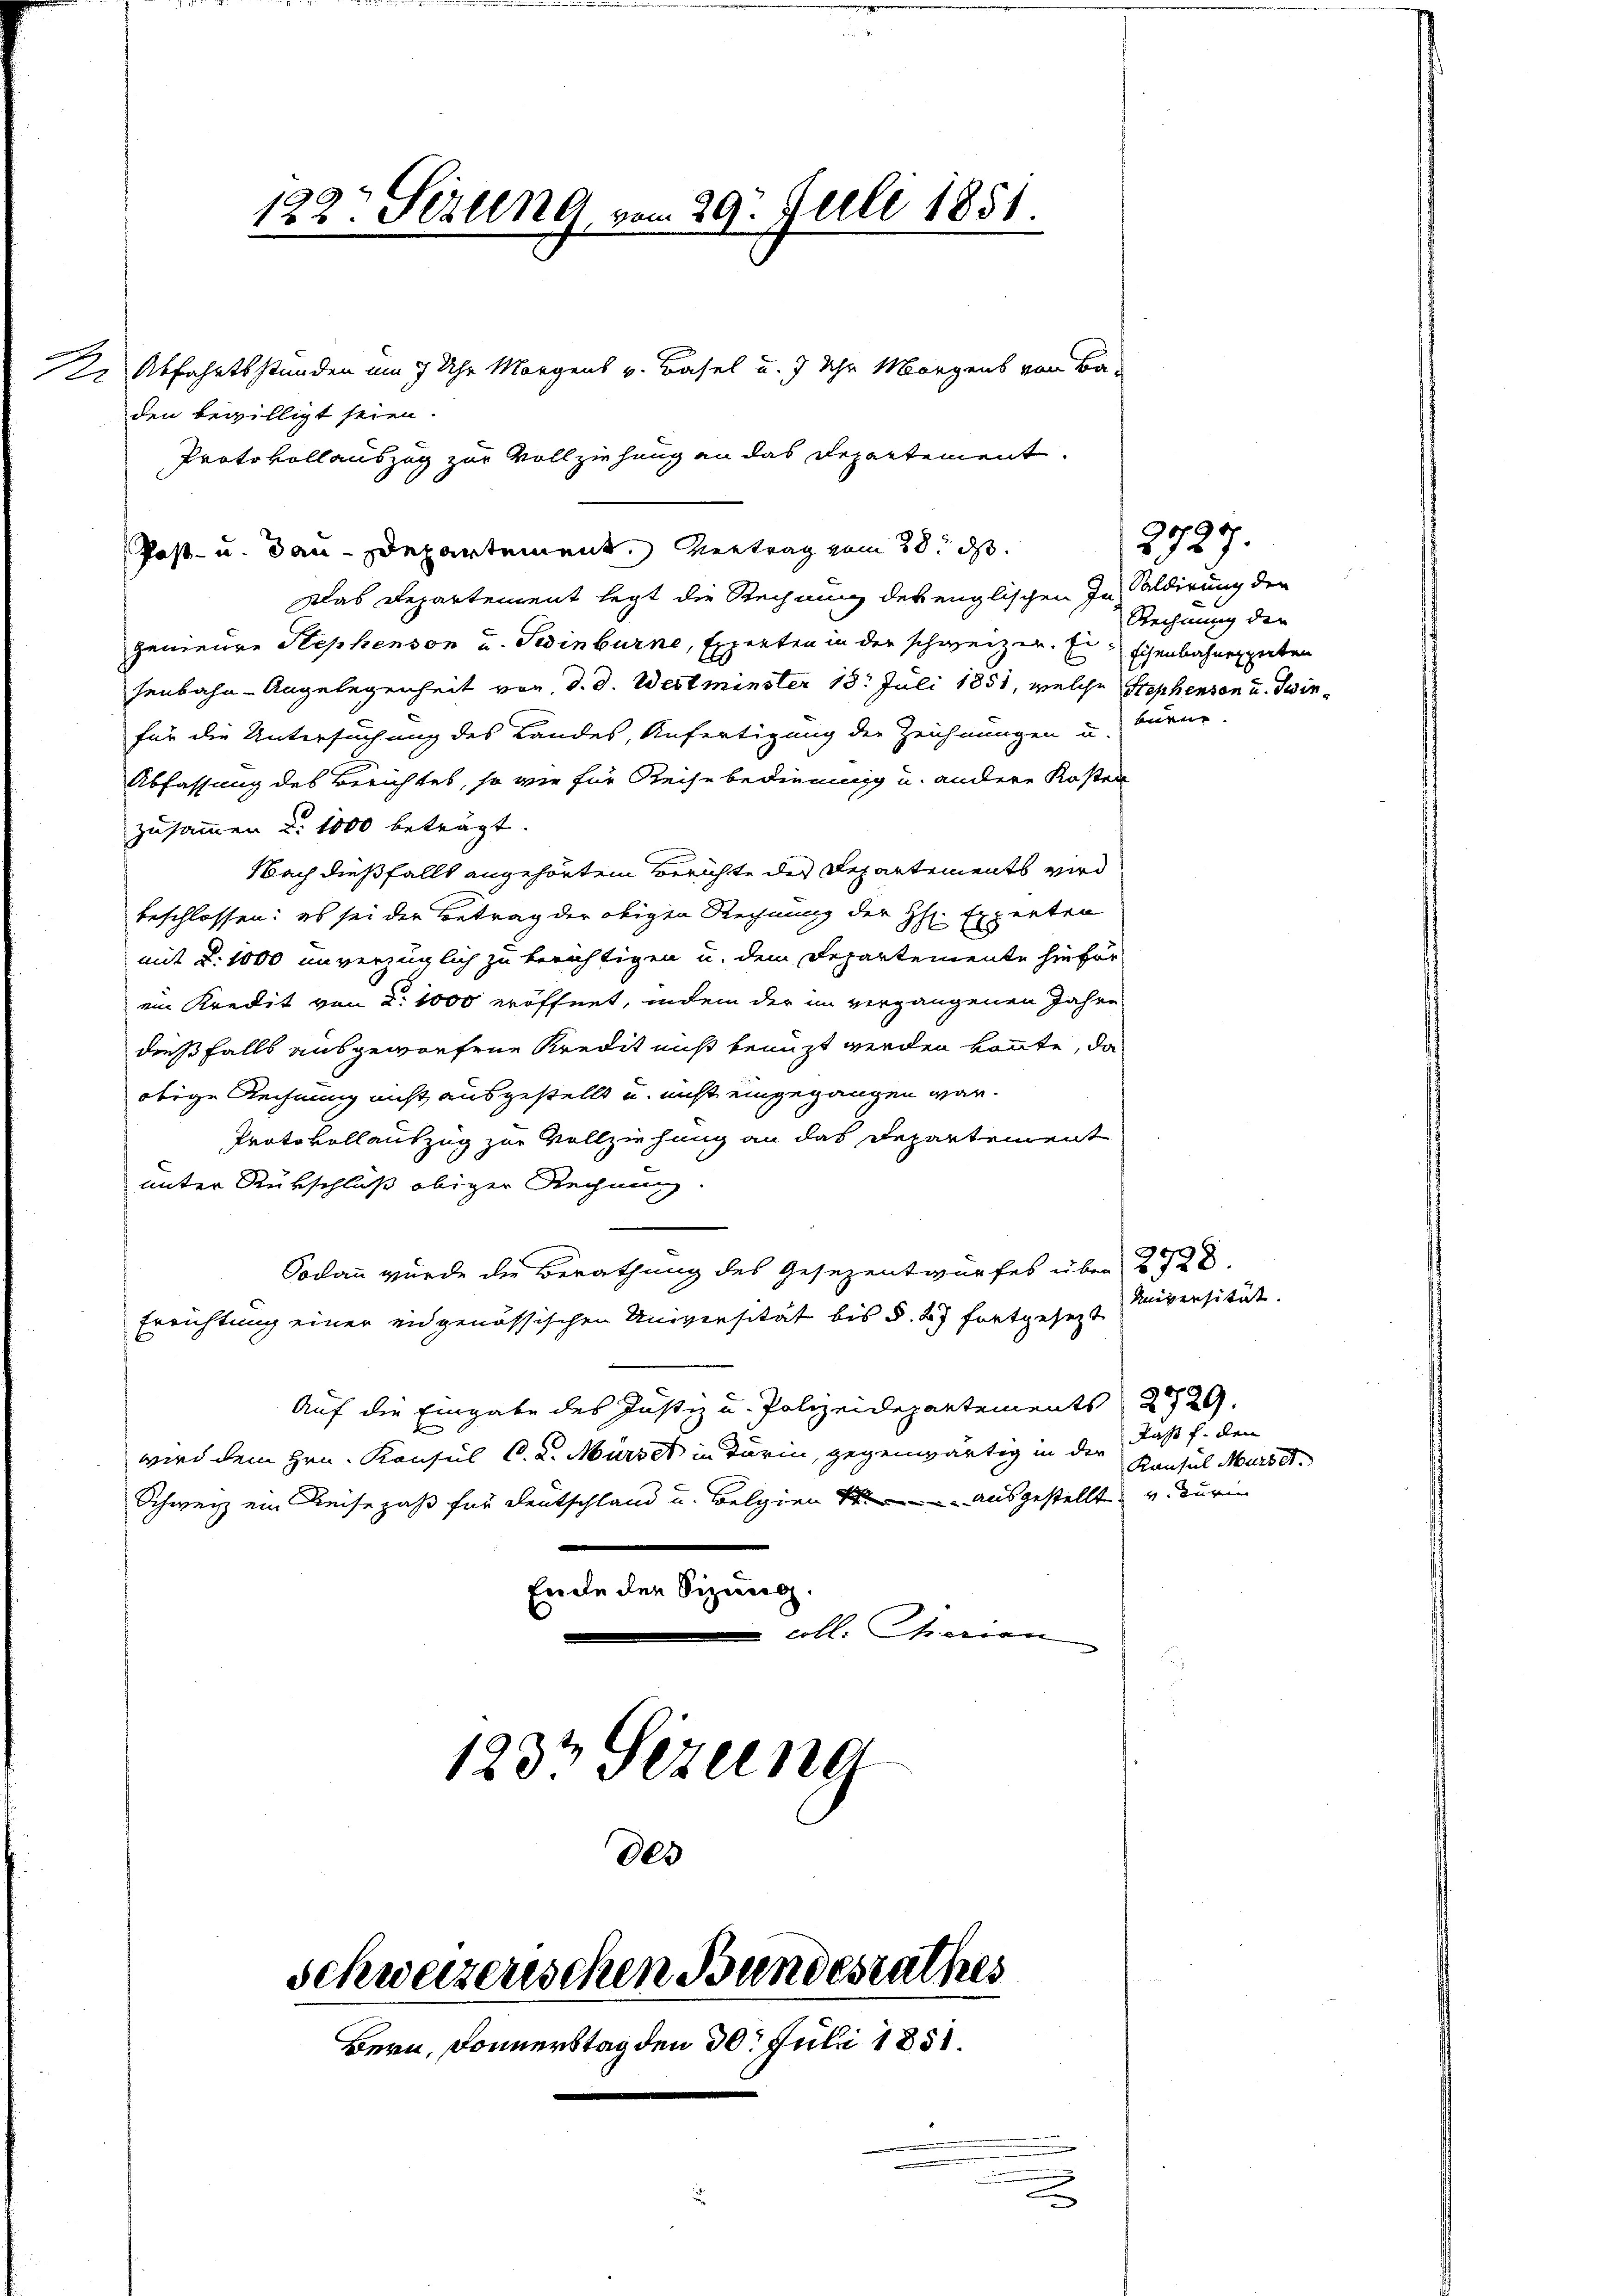
.

122. Sezung, vom 29. Juli 1851.
2 Abfahrtsstunden am 7 Uhr Morgens v. Basel u. 7 Uhr Morgens von Ba-

den bewilligt seien.
Protokollauszug zur Vollziehung an das Departement.
Post- u. dan-Departement. Vertrag vom 28. ds.
Das Departement legt die Rechnung der englischen In Saldirung der
genieure Stephenson und Gedinburne, Experten in der schweizen. Es schenbahnerguten
senbahn-Angelegenheit von d. d. Westminster 18. Juli 1851, welche Stephensen u. Zwinfür die Untersuchung des Landes, Anfertigung der Zeichnungen u. burer-
Abfassung des Berichtes, so wie für Reise bedienung u. andere Kosten
zusammen u. 1000 beträgt.
Nach dießfalls angehörtem Berichte des Repartements wird
beschlossen: es sei der Betrag der obigen Rechnung der H. Experten
mit §. 1000 unverzüglich zu berichtigen u. dem Departemente hiefür
ein Kredit von d. 1000 eröffnet, indem der im vergangenen Jahre
dießfalls ausgeworfene Kredit muß benuzt werden könnte, da
obige Rechnung nicht ausgestellt u. nicht eingegangen war.
Protokollantzug zur Vollziehung an das Departement
unter Rückschluß obiger Rechnung
Sodann wurde die Berathung des Gesezentwurfes über 228.
Errichtung einer eidgenössischen Universität bis §. 47 fortgesezt
Auf die Eingabe des Justiz u. Polizeidepartements 2729.
wird dem Hrn. Konsul C. R. Mürzer in darin, gegenwärtig in der
Schweiz ein Reisepaß für Deutschland u. Belgien der ausgestellt, u. Kurie
Erde der Sizung.
coll. Charian
123t Sezung
der

Schweizerischen Bandesrathes
Bern, Donnerstag den 30. Juli 1851.

.

Rechnung der

2727.

Universität.

Laß f. den
Konsul Martet.